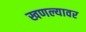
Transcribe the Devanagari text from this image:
खणल्यावर